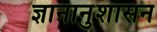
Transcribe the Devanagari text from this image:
ज्ञानानुशासन